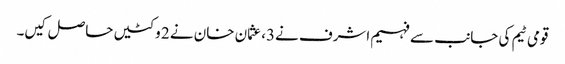
قومی ٹیم کی جانب سے فہیم اشرف نے3، عثمان خان نے 2 وکٹیں حاصل کیں۔